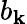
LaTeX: b_{\mathbf{k}}